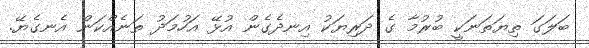
ބަލަގަ ތިޔަތަނަކީ ބުރުމާ ގެ ދަރިޔަކު އިނދެގެން އުޅޭ އަހުމަދު ތަނެއްކަން އެނގެޔޭ.